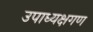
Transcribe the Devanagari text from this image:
उपाध्यक्षगण